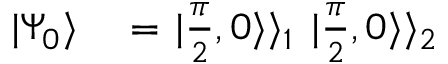
\begin{array} { r l } { | \Psi _ { 0 } \rangle } & { { } = \left. | \frac { \pi } { 2 } , 0 \rangle \rangle _ { 1 } \right. \left. | \frac { \pi } { 2 } , 0 \rangle \rangle _ { 2 } \right. } \end{array}